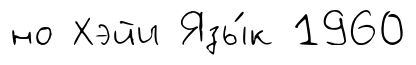
но Хэйи Язы́к 1960